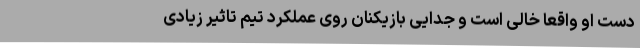
دست او واقعا خالی است و جدایی بازیکنان روی عملکرد تیم تاثیر زیادی